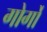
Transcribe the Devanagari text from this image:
गोर्गों